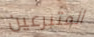
المتبرعين